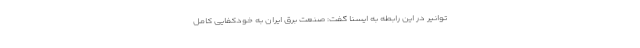
توانیر در این رابطه به ایسنا گفت: صنعت برق ایران به خودکفایی کامل